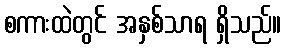
စကားထဲတွင် အနှစ်သာရ ရှိသည်။